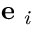
\mathbf { e } _ { \textit { i } }